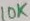
Text: 10K